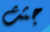
جثث